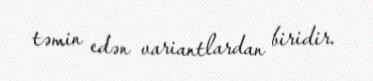
təmin edən variantlardan biridir.